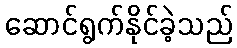
ဆောင်ရွက်နိုင်ခဲ့သည်